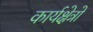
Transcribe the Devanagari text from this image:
कार्यक्षेत्रो